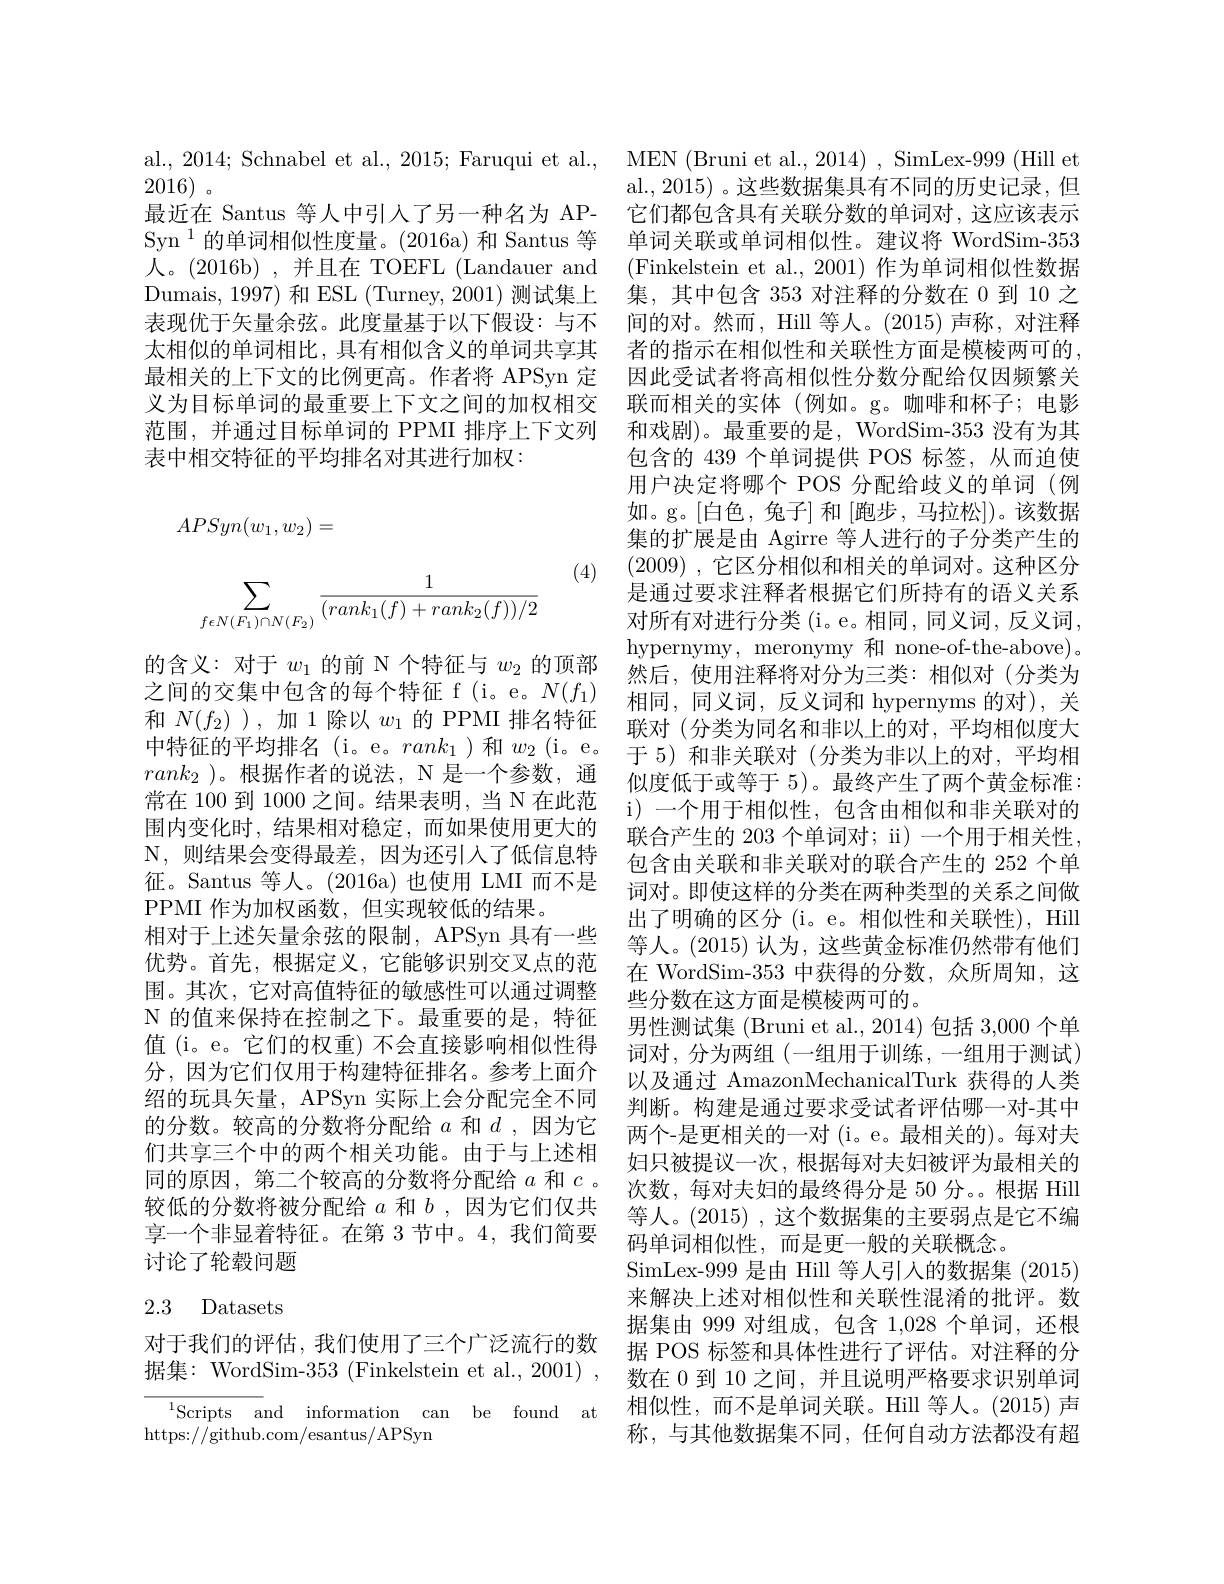
al., 2014; Schnabel et al., 2015; Faruqui et al., MEN (Bruni et al., 2014) , SimLex-999 (Hill et
2016)。
最近在 Santus 等人中引入了另一种名为 APSyn$^{1}$的单词相似性度量。(2016a)和 Santus 等人。(2016b) , 并且在 TOEFL (Landauer and Dumais, 1997) 和 ESL(Turney, 2001) 测试集上表现优于矢量余弦。此度量基于以下假设：与不太相似的单词相比，具有相似含义的单词共享其最相关的上下文的比例更高。作者将 APSyn 定义为目标单词的最重要上下文之间的加权相交范围，并通过目标单词的 PPMI 排序上下文列表中相交特征的平均排名对其进行加权：
$$APSyn(w_1,w_2)=$$
(4)
$$\begin{aligned}\sum_{f\epsilon N(F_1)\cap N(F_2)}\frac{1}{(rank_1(f)+rank_2(f))/2}\end{aligned}$$
的含义：对于$w_1$的前 N 个特征与$w_2$的顶部之间的交集中包含的每个特征 f (i。e。$N(f_1)$ $rank_2$ )。根据作者的说法，N 是一个参数，通PPMI 作为加权函数，但实现较低的结果。
围。其次，它对高值特征的敏感性可以通过调整分，因为它们仅用于构建特征排名。参考上面介绍的玩具矢量，APSyn 实际上会分配完全不同的分数。较高的分数将分配给$a$和$d$,因为它较低的分数将被分配给$a$和$b$ ,因为它们仅共享一个非显着特征。在第 3 节中。4,我们简要讨论了轮毂问题

# 2.3 Datasets

对于我们的评估，我们使用了三个广泛流行的数

$^{1}$Scripts and information can be found at
https://github.com/esantus/APSyn

al., 2015) 。这些数据集具有不同的历史记录，但它们都包含具有关联分数的单词对，这应该表示单词关联或单词相似性。建议将 WordSim-353 (Finkelstein et al., 2001) 作为单词相似性数据集，其中包含 353 对注释的分数在 0 到 10 之间的对。然而，Hill 等人。(2015)声称，对注释者的指示在相似性和关联性方面是模棱两可的， 因此受试者将高相似性分数分配给仅因频繁关联而相关的实体(例如。g。咖啡和杯子；电影和戏剧)。最重要的是，WordSim-353 没有为其包含的 439 个单词提供 POS 标签，从而迫使用户决定将哪个 POS 分配给歧义的单词(例如。g。[白色，兔子] 和 [跑步，马拉松])。该数据集的扩展是由 Agirre 等人进行的子分类产生的(2009) , 它区分相似和相关的单词对。这种区分是通过要求注释者根据它们所持有的语义关系对所有对进行分类(i。e。相同，同义词，反义词， hypernymy, meronymy 和 none-of-the-above)。然后，使用注释将对分为三类：相似对(分类为相同，同义词，反义词和 hypernyms 的对),关
和$N(f_2)$ ),加 1 除以$w_1$的 PPMI 排名特征 联对 (分类为同名和非以上的对，平均相似度大中特征的平均排名 (i。e。$rank_1$)和$w_2$(i。e。于5)和非关联对 (分类为非以上的对，平均相
似度低于或等于 5)。最终产生了两个黄金标准：
常在 100 到 1000 之间。结果表明，当 N 在此范 i) 一个用于相似性，包含由相似和非关联对的围 内 变 化 时 , 结 果 相 对 稳 定 , 而 如 果 使 用 更 大 的 联 合 产 生 的 203个 单 词 对 ; ij) 一 个 用 于 相 关 性 , N, 则 结 果 会 变 得 最 差 , 因 为 还 引 人 了 低 信 息 特 包 含 由 关 联 和 非 关 联 对 的 联 合 产 生 的 252 个 单 征 。Santus 等 人 。( 2016a) 也 使 用 LMI 而 不 是 词 对 。即 使 这 样 的 分 类 在 两 种 类 型 的 关 系 之 间 做 PPM 作 为 加 权 函 数 。但 实 现 较 低 的 结 果 。11111 相 对 于 上 述 矢 量 余 弦 的 限 制 , APSyn 具 有 一 些 等 人 。( 2015) 认 为 , 这 些 黄 金 标 准 仍 然 带 有 他 们 优 势 。首 先 , 根 据 定 义 , 它 能 够 识 别 交 叉 点 的 范 车 WradSim 253 中 苏 组 的 代 数 众 所 围 知 注 行 星 期 期优势。首先，根据定义，它能够识别交叉点的范 在 WordSim-353 中获得的分数，众所周知，这
些分数在这方面是模棱两可的。
N 的 值 来 保 持 在 控 制 之 下 。最 重 要 的 是 , 特 征 男 性 测 试 集 ( Bruni et al. , 2014) 包 括 3, 000 个 单值 (i。e。它们的权重) 不会直接影响相似性得 词对，分为两组 (一组用于训练，一组用于测试)
以及通过 AmazonMechanicalTurk 获得的人类判断。构建是通过要求受试者评估哪一对-其中两个-是更相关的一对 (i。e。最相关的)。每对夫
们共享三个中的两个相关功能。由于与上述相 妇只被提议一次，根据每对夫妇被评为最相关的同的原因，第二个较高的分数将分配给$a$ 和 $c$。次数，每对夫妇的最终得分是 50 分。根据 Hill
等人。(2015) ,这个数据集的主要弱点是它不编
码单词相似性，而是更一般的关联概念。
SimLex-999 是由 Hill 等人引入的数据集 (2015) 来解决上述对相似性和关联性混淆的批评。数据集由 999 对组成，包含 1,028 个单词，还根据 POS 标签和具体性进行了评估。对注释的分
据集：WordSim-353 (Finkelstein et al., 2001) , 数在 0 到 10 之间，并且说明严格要求识别单词
相似性，而不是单词关联。Hill 等人。(2015) 声称，与其他数据集不同，任何自动方法都没有超